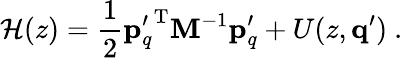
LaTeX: \mathcal{H}(z)=\frac{1}{2}{\mathbf{p}_{q}^{\prime}}^{\mathrm{T}}\mathbf{M}^{-1}\mathbf{p}_{q}^{\prime}+U(z,\mathbf{q}^{\prime})\ .